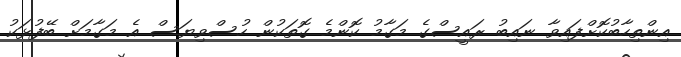
އިންތިހާބުކޮށްފައިވާ ނައިބު ރައީސްގެ މަގާމު ކޮންމެ ގޮތަކުން ހުސްވިޔަސް އެ މަގާމަށް ބޭފުޅަކު